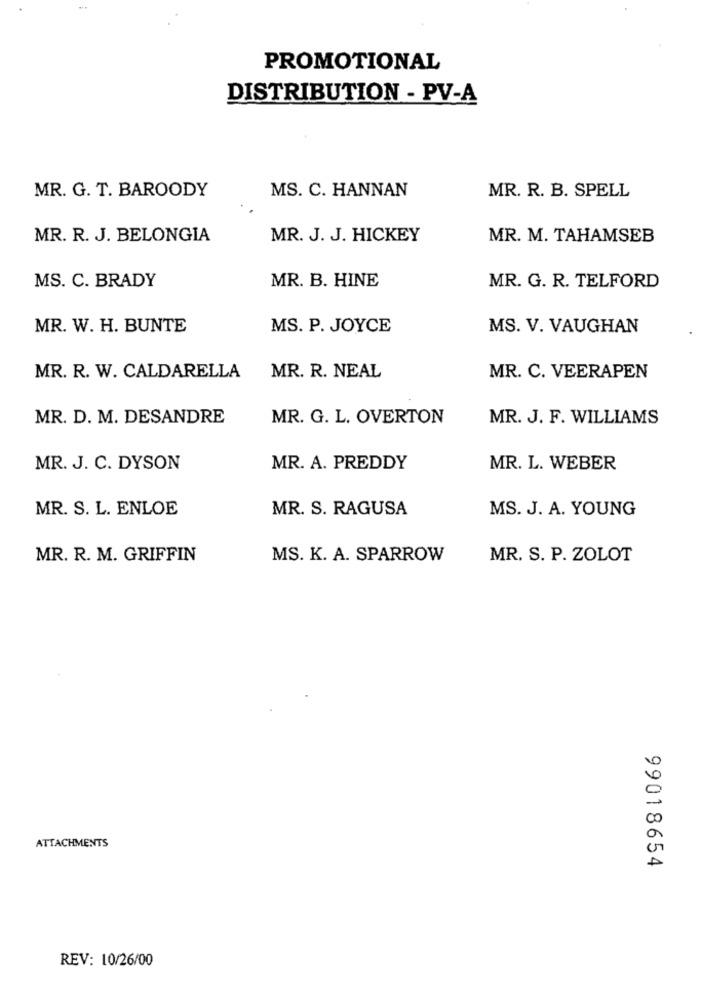
PROMOTIONAL
DISTRIBUTION - PV-A
MR. G. T. BAROODY
MS. C. HANNAN
MR. R. B. SPELL
MR. R. J. BELONGIA
MR. J. J. HICKEY
MR. M. TAHAMSEB
MS. C. BRADY
MR. B. HINE
MR. G. R. TELFORD
MR. W. H. BUNTE
MS. P. JOYCE
MS. V. VAUGHAN
MR. R. W. CALDARELLA
MR. R. NEAL
MR. C. VEERAPEN
MR. D. M. DESANDRE
MR. G. L. OVERTON
MR. J. F. WILLIAMS
MR. J. C. DYSON
MR. A. PREDDY
MR. L. WEBER
MR. S. L. ENLOE
MR. S. RAGUSA
MS. J. A. YOUNG
MR. R. M. GRIFFIN
MS. K. A. SPARROW
MR. S. P. ZOLOT
ATTACHMENTS
99018654
REV: 10/26/00